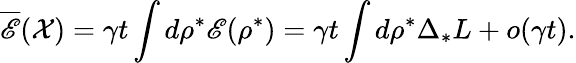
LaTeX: \overline{{\mathscr{E}}}(\mathcal{X})={\gamma t}\int d\rho^{*}\mathscr{E}(\rho^{*})={\gamma t}\int d\rho^{*}\Delta_{*}L+o(\gamma t).